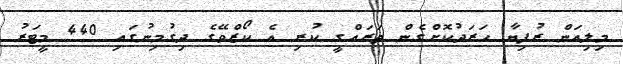
މިލިއަން ރުފިޔާ ހަރަދުކޮށްގެން ތަރައްގީ ކުރި އެ ކޯޒްވޭގެ ދިގުމިނުގައި 440 މީޓަރު